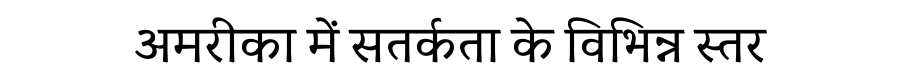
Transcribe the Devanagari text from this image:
अमरीका में सतर्कता के विभिन्न स्तर